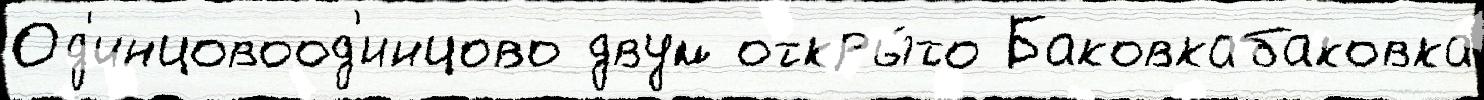
Од'инцовоод'инцово двум откры́то Баковкабаковка